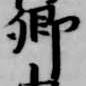
卿